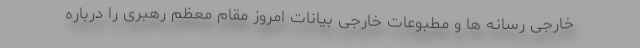
خارجی رسانه ها و مطبوعات خارجی بیانات امروز مقام معظم رهبری را درباره